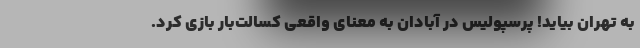
به تهران بیاید! پرسپولیس در آبادان به معنای واقعی کسالت‌بار بازی کرد.